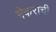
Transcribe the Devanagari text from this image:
भेकराची